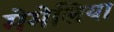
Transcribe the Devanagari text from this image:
मेमेलिया